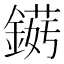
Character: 𲇘